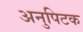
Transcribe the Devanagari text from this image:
अनुपिटक